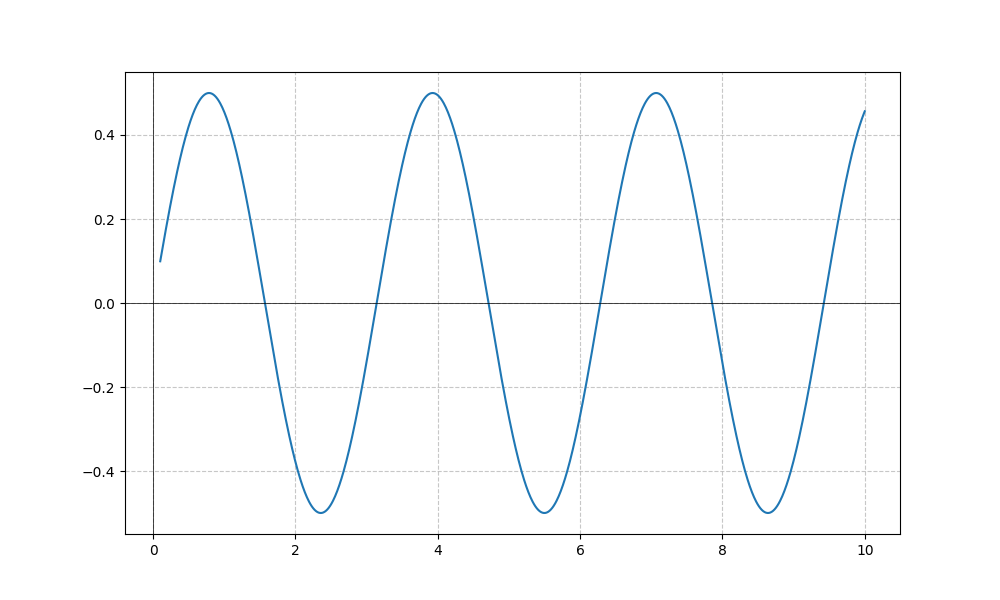
LaTeX formula: \sin{\left(x \right)} \cos{\left(x \right)}